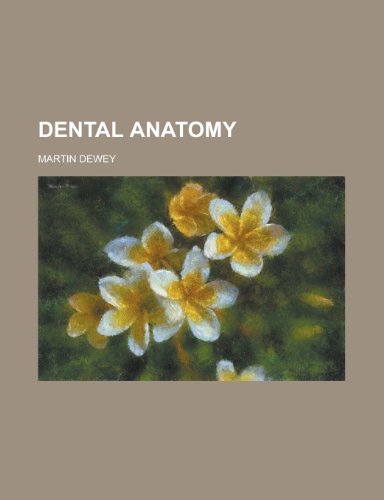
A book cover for Dental Anatomy; Martin Dewey; Medical Books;